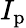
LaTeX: I_{\mathrm{p}}